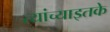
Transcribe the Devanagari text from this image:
त्यांच्याइतके